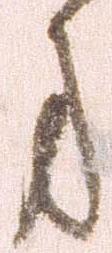
方